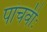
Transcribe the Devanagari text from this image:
पांचवीः